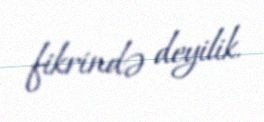
fikrində deyilik.